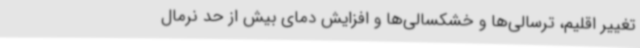
تغییر اقلیم، ترسالی‌ها و خشکسالی‌ها و افزایش دمای بیش از حد نرمال